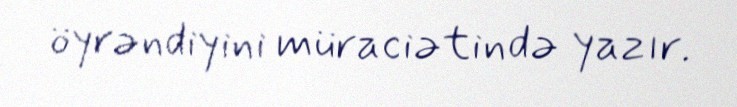
öyrəndiyini müraciətində yazır.